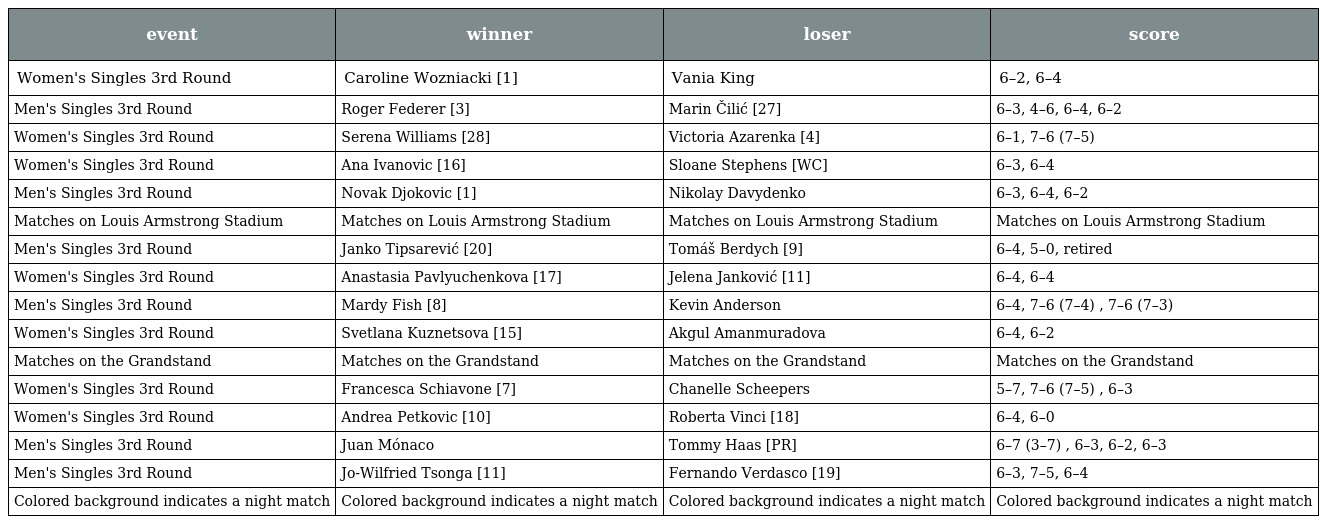
| event | winner | loser | score |
 | --- | --- | --- | --- |
 | Women's Singles 3rd Round | Caroline Wozniacki [1] | Vania King | 6–2, 6–4 |
 | Men's Singles 3rd Round | Roger Federer [3] | Marin Čilić [27] | 6–3, 4–6, 6–4, 6–2 |
 | Women's Singles 3rd Round | Serena Williams [28] | Victoria Azarenka [4] | 6–1, 7–6 (7–5) |
 | Women's Singles 3rd Round | Ana Ivanovic [16] | Sloane Stephens [WC] | 6–3, 6–4 |
 | Men's Singles 3rd Round | Novak Djokovic [1] | Nikolay Davydenko | 6–3, 6–4, 6–2 |
 | Matches on Louis Armstrong Stadium | Matches on Louis Armstrong Stadium | Matches on Louis Armstrong Stadium | Matches on Louis Armstrong Stadium |
 | Men's Singles 3rd Round | Janko Tipsarević [20] | Tomáš Berdych [9] | 6–4, 5–0, retired |
 | Women's Singles 3rd Round | Anastasia Pavlyuchenkova [17] | Jelena Janković [11] | 6–4, 6–4 |
 | Men's Singles 3rd Round | Mardy Fish [8] | Kevin Anderson | 6–4, 7–6 (7–4) , 7–6 (7–3) |
 | Women's Singles 3rd Round | Svetlana Kuznetsova [15] | Akgul Amanmuradova | 6–4, 6–2 |
 | Matches on the Grandstand | Matches on the Grandstand | Matches on the Grandstand | Matches on the Grandstand |
 | Women's Singles 3rd Round | Francesca Schiavone [7] | Chanelle Scheepers | 5–7, 7–6 (7–5) , 6–3 |
 | Women's Singles 3rd Round | Andrea Petkovic [10] | Roberta Vinci [18] | 6–4, 6–0 |
 | Men's Singles 3rd Round | Juan Mónaco | Tommy Haas [PR] | 6–7 (3–7) , 6–3, 6–2, 6–3 |
 | Men's Singles 3rd Round | Jo-Wilfried Tsonga [11] | Fernando Verdasco [19] | 6–3, 7–5, 6–4 |
 | Colored background indicates a night match | Colored background indicates a night match | Colored background indicates a night match | Colored background indicates a night match |